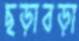
ছড়াবড়া